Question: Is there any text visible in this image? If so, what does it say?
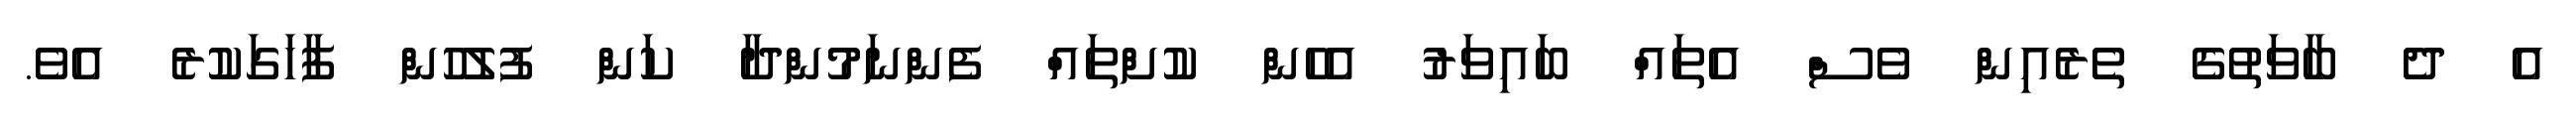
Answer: އެ ދެ ބާވަތުގެ ތެރެއިން ވެސް އެތައް ބައިވަރު އެހެން ކުށްތައް ފެންނަމުންދާ ކަން ފުލުހުން ފާހަގަކުރެ އެވެ.